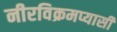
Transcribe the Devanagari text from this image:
नीरविक्रमप्यासी